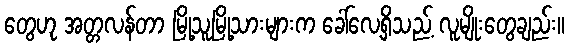
တွေဟု အတ္တလန်တာ မြို့သူမြို့သားများက ခေါ်လေ့ရှိသည့် လူမျိုးတွေချည်း။